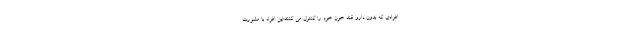
افرادی که بدون دارو قند خون خود را کنترل می کنند:این افراد با مشورت